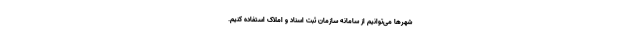
شهرها می‌توانیم از سامانه سازمان ثبت اسناد و املاک استفاده کنیم.